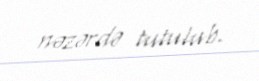
nəzərdə tutulub.